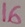
Text: 16